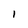
Character: I